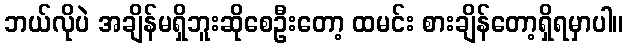
ဘယ်လိုပဲ အချိန်မရှိဘူးဆိုစေဦးတော့ ထမင်း စားချိန်တော့ရှိရမှာပါ။